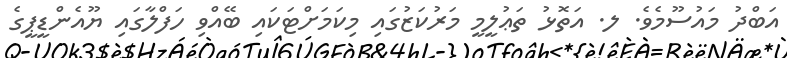
އަބްދު މައުސޫމެވެ. ލ. އަތޮޅު ތަޢުލީމީ މަރުކަޒުގައި މިކަމަށްޓަކައި ބޭއްވި ހަފްލާގައި ޔޫއެންޑީޕީގެ